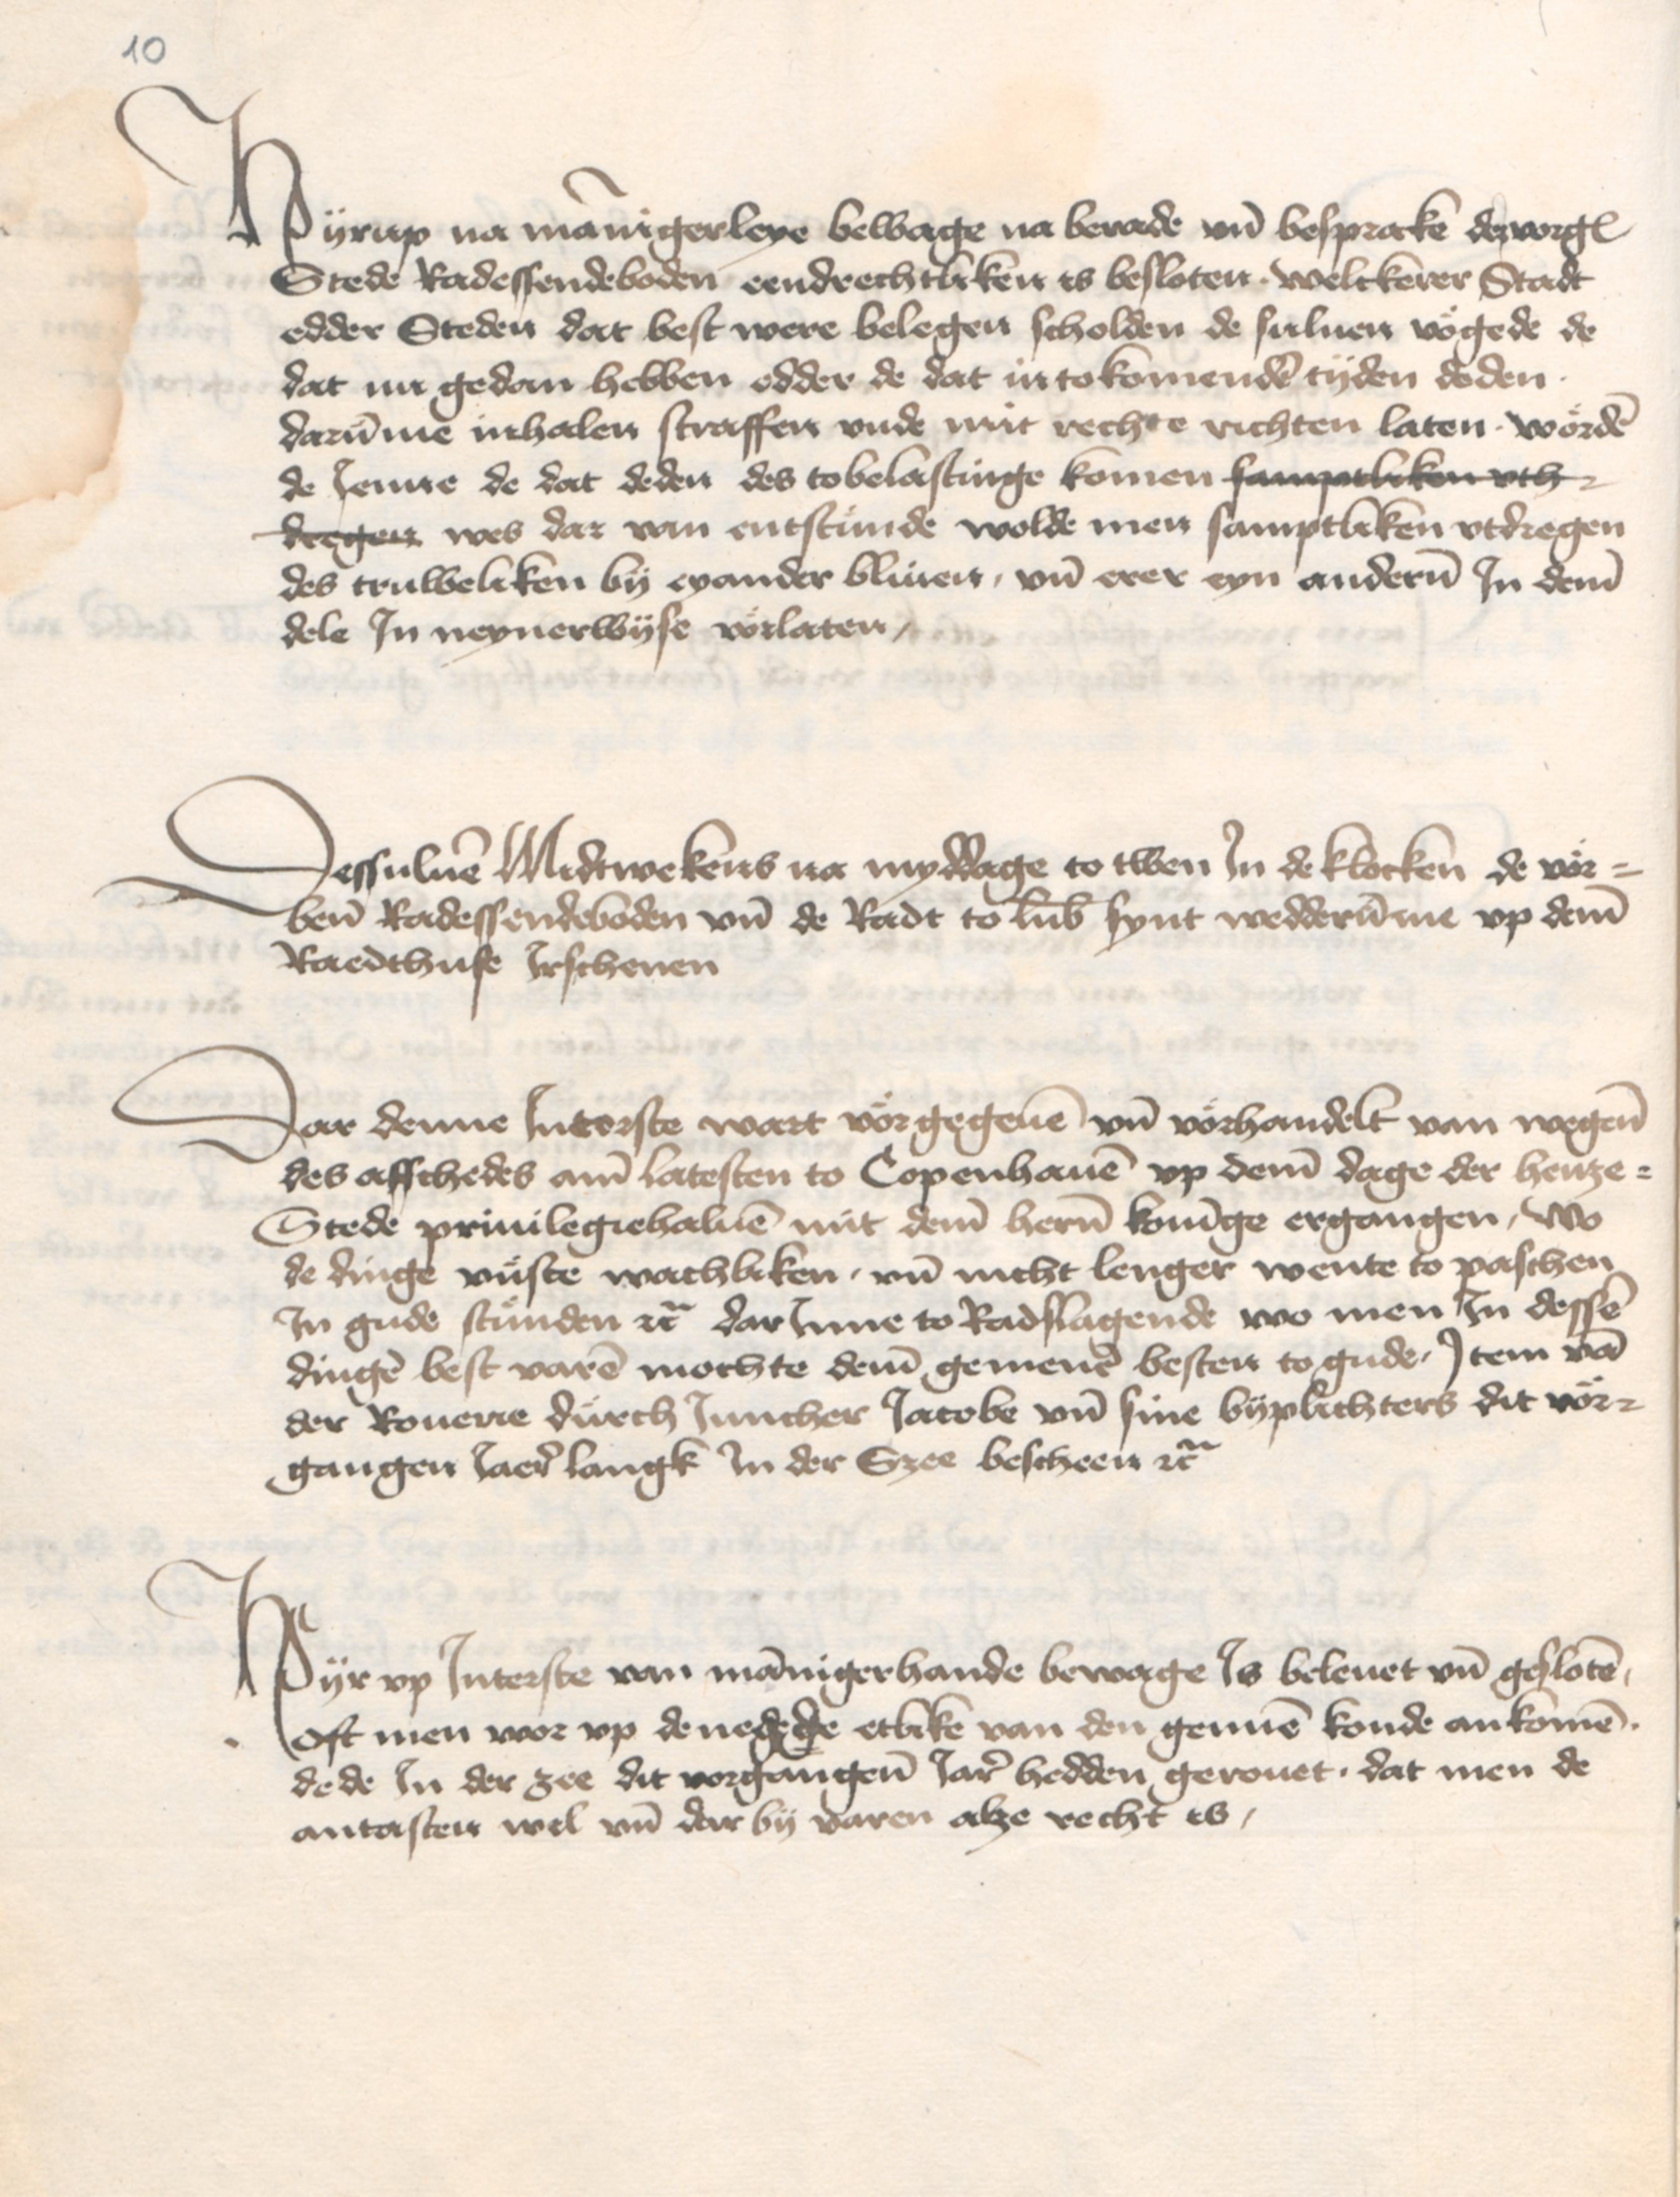
10

Hyrup na mannigerleye bewage na berade vnd besprake der vorgenomeden
Stede Radessendeboden eendrechtliken is besloten . welckerer Stadt
edder Steden dat best were belegen scholden de suluen vogede de
dat nu gedan hebben edder de dat in tokomenden tyden doden
darumme inhalen straffen vnde mit rechte richten laten . worden
de Jenne de dat deden des tobelastinge komen samptliken vth
dreget wes dar van entstunde wolde men samptliken vtdregen
des truweliken by eyander bliuen, vnd erer eyn anderen Jn deme
dele Jn neynerwyse volaten.

Dessuluen Midtwekens na myddage to twen Jn de klocken de vor¬
benomeden Radessendeboden vnd de Radt to Lubeke synt wedderumme vp deme
Raedthuse Jrschenen.

Dar denne Jnterste wart vorgegeuen vnd vorhandelt van wegene
des afschedes ame latesten to Copenhauen vp deme dage der henze¬
Stede priuilegiehaluen mit deme heren koninge ergangen, wo
de dinge vuste wachliken, vnd nicht lenger wente to paschen
Jn gude stunden etcetera dar Jnne to Radslagende wo men Jn dessen
dingen best varen mochte deme gemenen besten to gude Jtem van
der Rouerie durch Juncher Jacobe vnd sine byplichters dit vor¬
gangen Jaer langk Jn der Szee bescheen etcetera.

Hyr vp Jnterste van mannigerhande bewage Js beleuet vnd gesloten
oft men wor vp de negede etlike van den gennen konde ankomen
dede Jn der zee dit vorgangene Jar hedden gerouet . dat men de
antasten wel vnd dar by varen alze recht is.